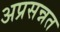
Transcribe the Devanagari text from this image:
अप्रसन्नत